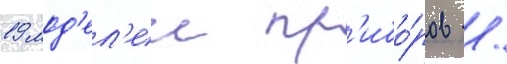
19 мод'ел'еи пр'ибо́ров /